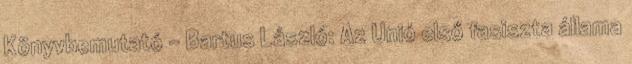
Könyvbemutató - Bartus László: Az Unió első fasiszta állama